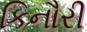
કિનૌરી